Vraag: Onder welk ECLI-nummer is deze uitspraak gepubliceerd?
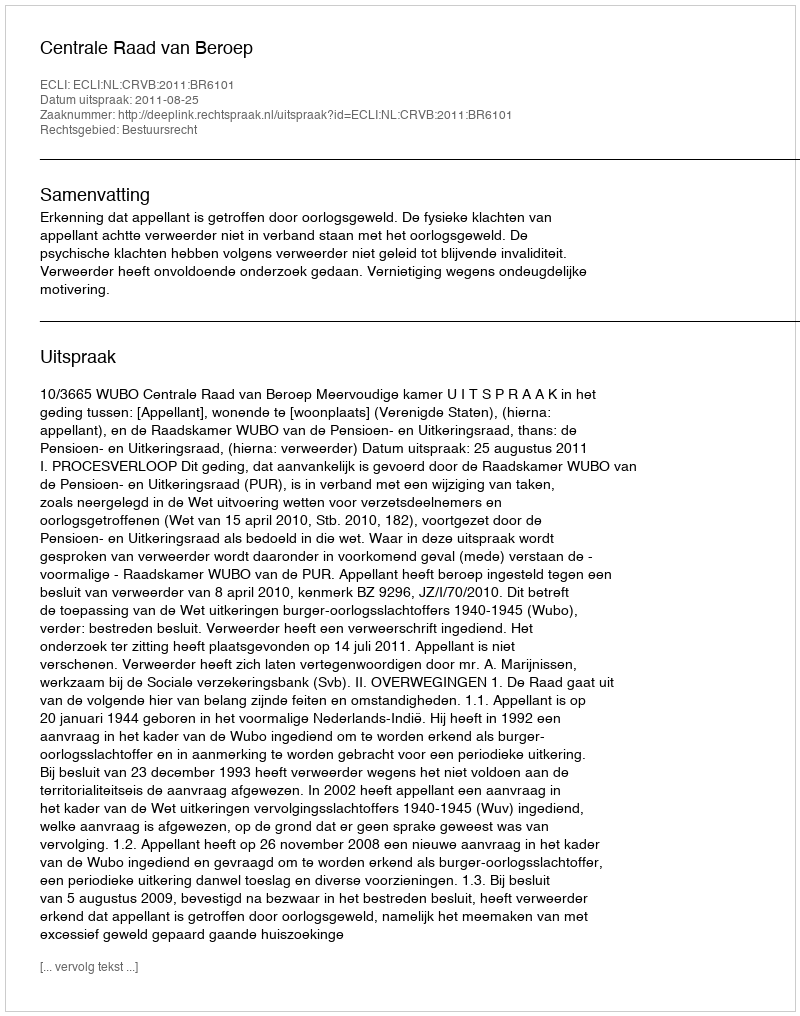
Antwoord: ECLI:NL:CRVB:2011:BR6101